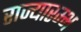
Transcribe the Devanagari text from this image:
राज्यारम्भ